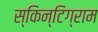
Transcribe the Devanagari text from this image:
स्किन्टिग्राम